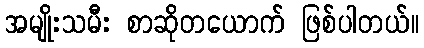
အမျိုးသမီး စာဆိုတယောက် ဖြစ်ပါတယ်။